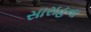
સારાહના